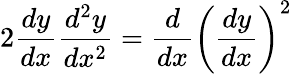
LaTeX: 2{\frac{dy}{dx}}{\frac{d^{2}y}{dx^{2}}}={\frac{d}{dx}}\left({\frac{dy}{dx}}\right)^{2}\,